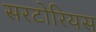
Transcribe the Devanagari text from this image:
सरटोरियस